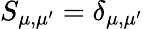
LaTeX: S_{\mu,\mu^{\prime}}=\delta_{\mu,\mu^{\prime}}